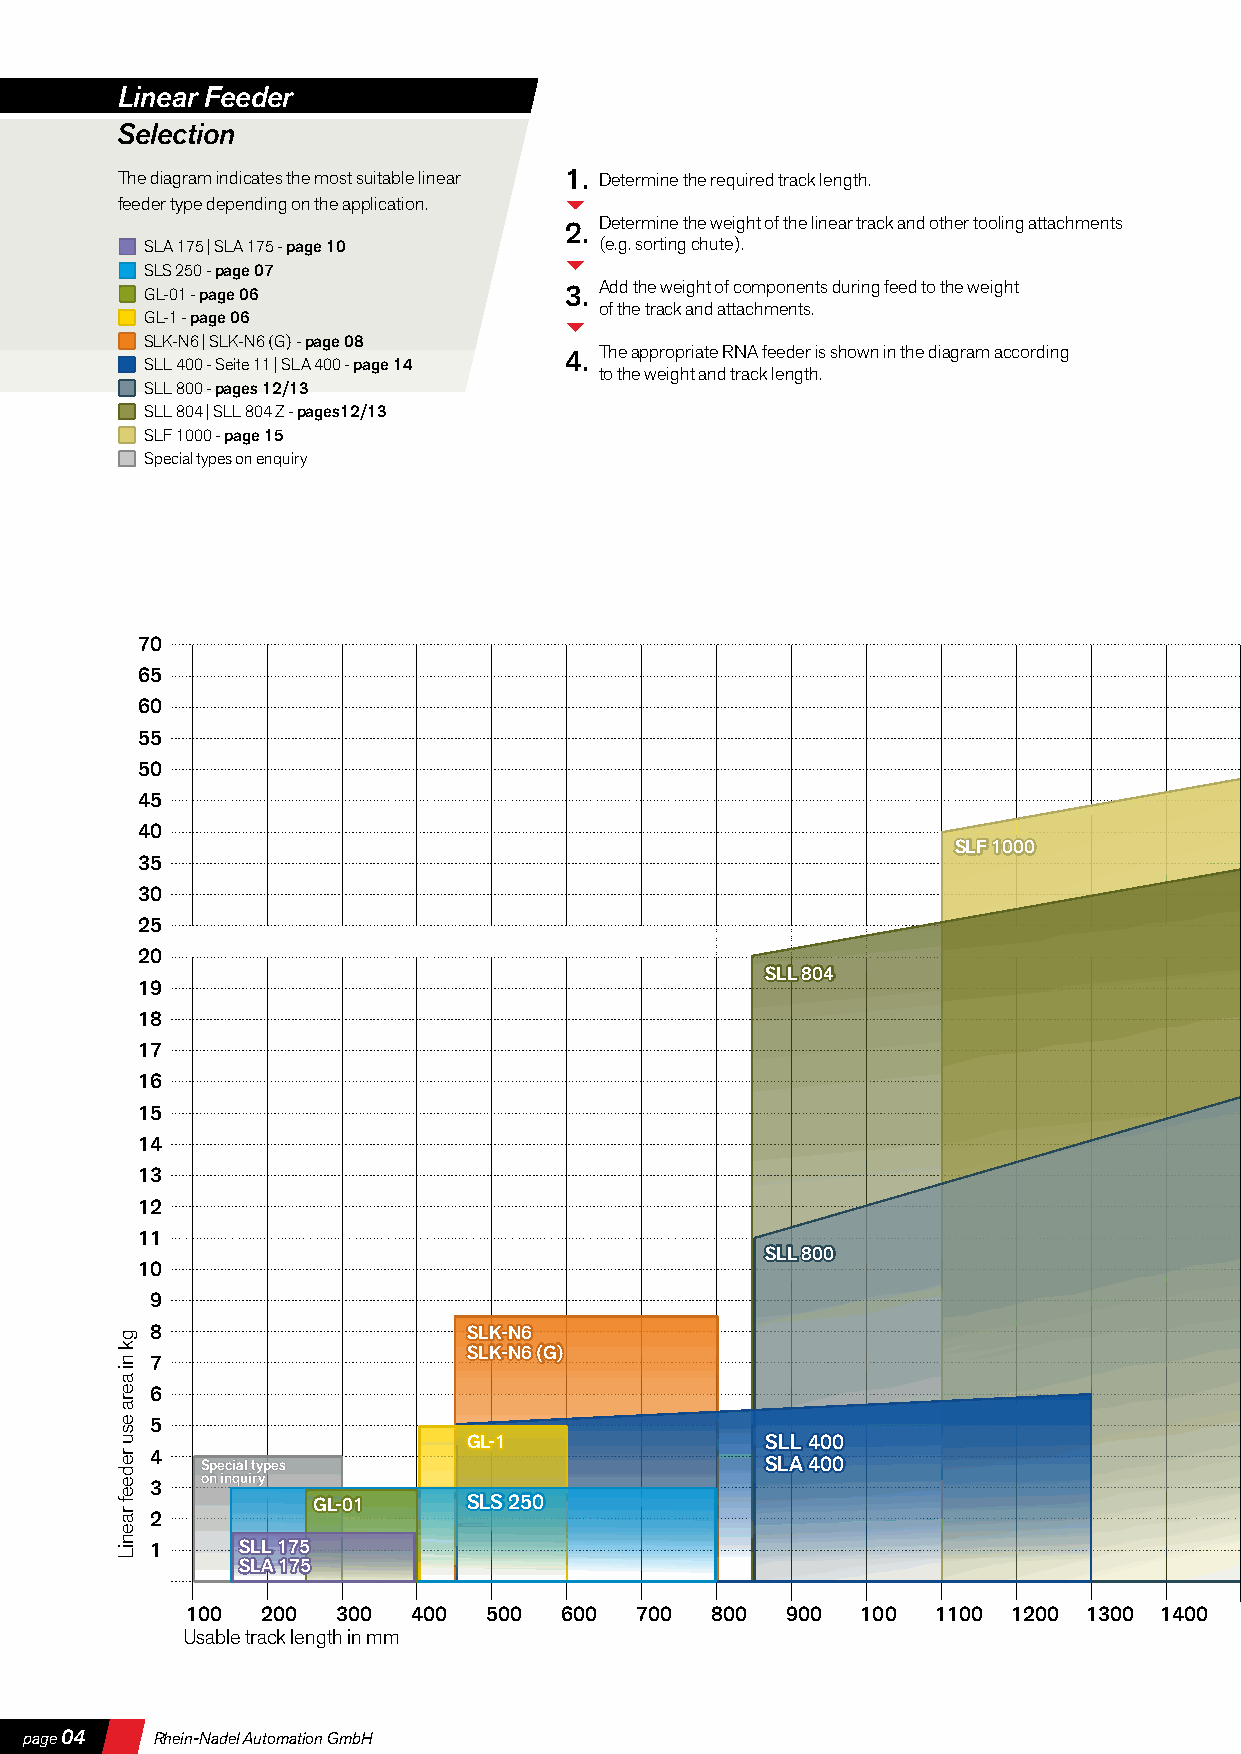
Linear Feeder
 Selection
 The diagram indicates the most suitable linear 1. Determine the required track length.
 feeder type depending on the application.
 Determine the weight of the linear track and other tooling attachments
 2.
 SLA 175 | SLA 175 - page 10   (e.g. sorting chute).
 SLS 250 - page 07
 GL-01 - page 06            3. Add the weight of components during feed to the weight
 of the track and attachments.
 GL-1 - page 06
 SLK-N6 | SLK-N6 (G) - page 08
 4. The appropriate RNA feeder is shown in the diagram according
 SLL 400 - Seite 11 | SLA 400 - page 14
 to the weight and track length.
 SLL 800 - pages 12/13
 SLL 804 | SLL 804 Z - pages12/13
 SLF 1000 - page 15
 Special types on enquiry
 70
 65
 60
 55
 50
 45
 40
 SSSLLLFFF 111000000000
 35
 30
 25
 20
 SSSLLLLLL 888000444
 19
 18
 17
 16
 15
 14
 13
 12
 11
 SSSLLLLLL 888000000
 10
 9
 8                    SSSLLLKKK---NNN666
 SSSLLLKKK---NNN666 (((GGG)))
 7
 6
 5
 GGGLLL---111        SSSLLLLLL 444000000
 4
 SSSpppeeeccciiiaaalll tttyyypppeeesss SSSLLLAAA 444000000
 ooonnn iiinnnqqquuuiiirrryyy
 3
 GGGLLL---000111 SSSLLLSSS 222555000
 2
 1     SSSLLLLLL 111777555
 SSSLLLAAA 111777555
 100  200  300  400  500  600  700  800  900  100  1100 1200 1300 1400
 Usable track length in mm
 page 04 Rhein-Nadel Automation GmbH
 gk
 ni
 aera
 esu
 redeef
 raeniL